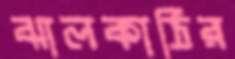
ঝালকাঠির